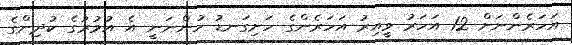
އަހަރެންނަށް 12 އަހަރު ވީއިރު އަހަރެންގެ ހަށިގަނޑު ހުންނަނީ އެ އުމުރުގެ ކުދިންގެ